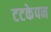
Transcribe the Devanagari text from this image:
टटकेपन